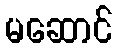
မဆောင်